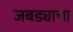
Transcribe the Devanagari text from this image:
जबड्याचा